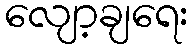
လျော့ချရေး